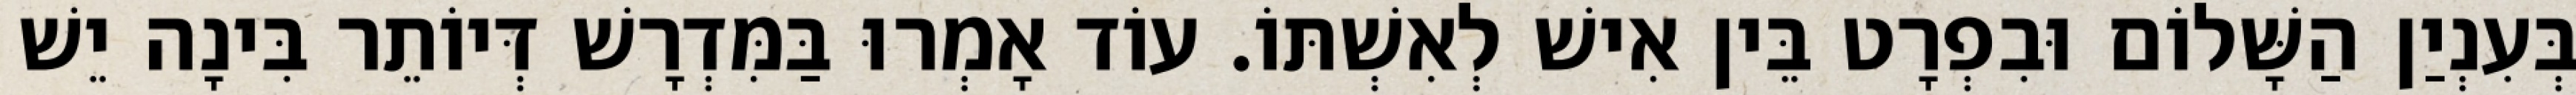
בְּעִנְיַן הַשָּׁלוֹם וּבִפְרָט בֵּין אִישׁ לְאִשְׁתּוֹ. עוֹד אָמְרוּ בַּמִּדְרָשׁ דְּיוֹתֵר בִּינָה יֵשׁ